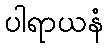
ပါရာယနံ